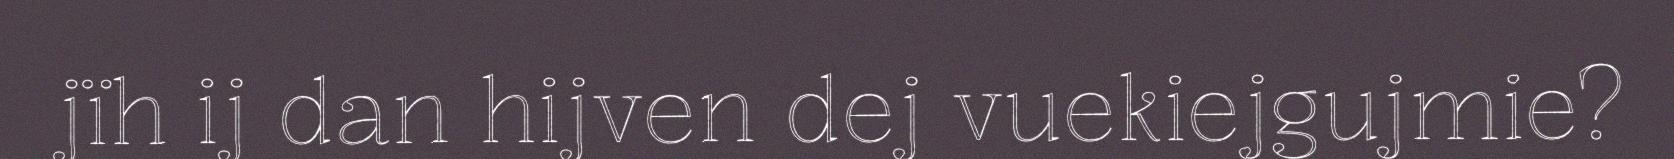
jïh ij dan hijven dej vuekiejgujmie?